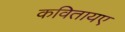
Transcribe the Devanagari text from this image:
कवितायए